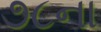
૭૮ના